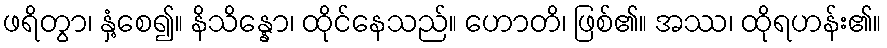
ဖရိတွာ၊ နှံ့စေ၍။ နိသိန္နော၊ ထိုင်နေသည်။ ဟောတိ၊ ဖြစ်၏။ အဿ၊ ထိုရဟန်း၏။